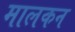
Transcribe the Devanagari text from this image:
मालकन